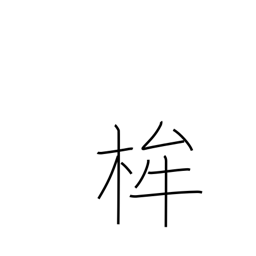
Meaning: halberd